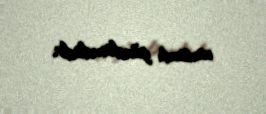
variantı gündəmdədir.